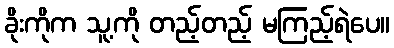
ခိုးကိုက သူ့ကို တည့်တည့် မကြည့်ရဲပေ။